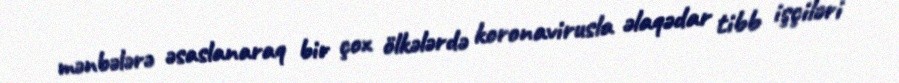
mənbələrə əsaslanaraq bir çox ölkələrdə koronavirusla əlaqədar tibb işçiləri